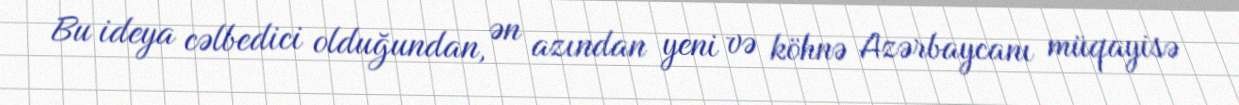
Bu ideya cəlbedici olduğundan, ən azından yeni və köhnə Azərbaycanı müqayisə